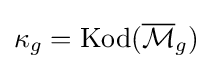
\kappa _{g}=\mathrm {Kod} ({\overline {\mathcal {M}}}_{g})